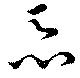
惡